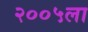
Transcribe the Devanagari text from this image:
२००५ला